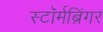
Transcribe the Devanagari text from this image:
स्टॉर्मब्रिंगर